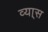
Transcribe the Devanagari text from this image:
व्या्स